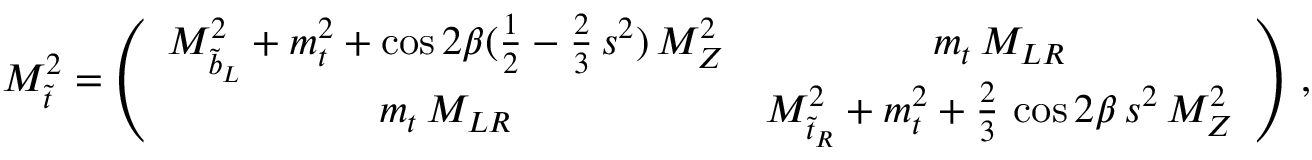
{ \cal M } _ { \tilde { t } } ^ { 2 } = \left( \begin{array} { c c } { { M _ { \tilde { b } _ { L } } ^ { 2 } + m _ { t } ^ { 2 } + \cos { 2 \beta } ( { \frac { 1 } { 2 } } - { \frac { 2 } { 3 } } \, s ^ { 2 } ) \, M _ { Z } ^ { 2 } } } & { { m _ { t } \, M _ { L R } } } \\ { { m _ { t } \, M _ { L R } } } & { { M _ { \tilde { t } _ { R } } ^ { 2 } + m _ { t } ^ { 2 } + { \frac { 2 } { 3 } } \, \cos { 2 \beta } \, s ^ { 2 } \, M _ { Z } ^ { 2 } } } \end{array} \right) \, ,